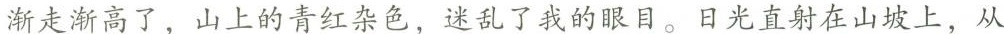
渐走渐高了，山上的青红杂色，迷乱了我的眼目。日光直射在山坡上，从